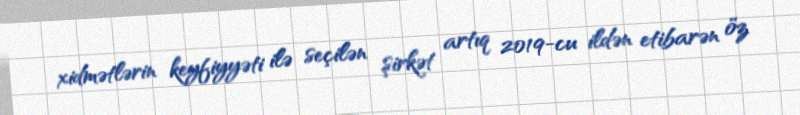
xidmətlərin keyfiyyəti ilə seçilən şirkət artıq 2019-cu ildən etibarən öz